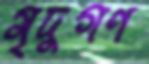
মৃদুগণ